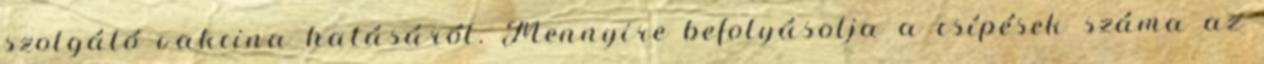
szolgáló vakcina hatásáról. Mennyire befolyásolja a csípések száma az